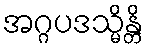
အဂ္ဂပဒသ္မိန္တိ